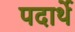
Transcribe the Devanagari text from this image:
पदार्थे